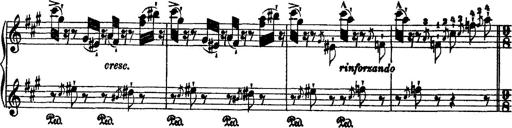
Title: 2 KonzertetÃ¼den
Composer: Franz Liszt